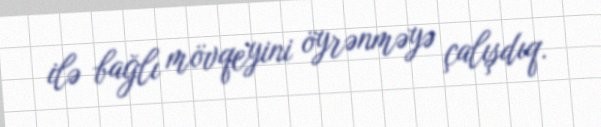
ilə bağlı mövqeyini öyrənməyə çalışdıq.